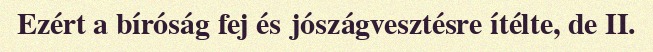
Ezért a bíróság fej és jószágvesztésre ítélte, de II.